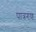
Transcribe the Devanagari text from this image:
पात्रगण